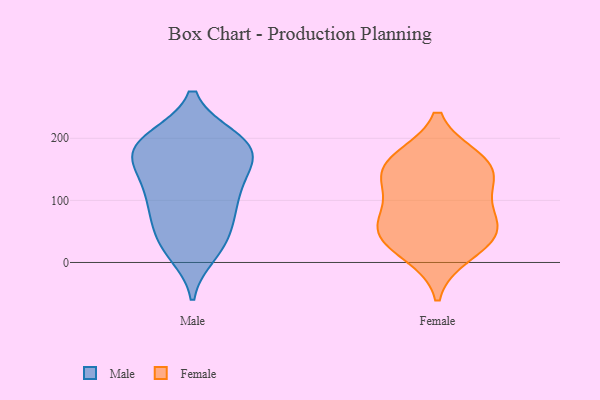
{"axis": {"x": "Revenue (USD Million)", "y": "Value"}, "legend": ["Female", "Male"], "data": [{"x": "", "y": 200, "type": "Male"}, {"x": "", "y": 84, "type": "Male"}, {"x": "", "y": 25, "type": "Male"}, {"x": "", "y": 197, "type": "Male"}, {"x": "", "y": 48, "type": "Male"}, {"x": "", "y": 75, "type": "Male"}, {"x": "", "y": 160, "type": "Male"}, {"x": "", "y": 169, "type": "Male"}, {"x": "", "y": 15, "type": "Male"}, {"x": "", "y": 177, "type": "Male"}, {"x": "", "y": 199, "type": "Male"}, {"x": "", "y": 182, "type": "Male"}, {"x": "", "y": 107, "type": "Male"}, {"x": "", "y": 31, "type": "Male"}, {"x": "", "y": 120, "type": "Male"}, {"x": "", "y": 92, "type": "Male"}, {"x": "", "y": 135, "type": "Male"}, {"x": "", "y": 153, "type": "Male"}, {"x": "", "y": 195, "type": "Male"}, {"x": "", "y": 38, "type": "Female"}, {"x": "", "y": 147, "type": "Female"}, {"x": "", "y": 164, "type": "Female"}, {"x": "", "y": 108, "type": "Female"}, {"x": "", "y": 136, "type": "Female"}, {"x": "", "y": 70, "type": "Female"}, {"x": "", "y": 55, "type": "Female"}, {"x": "", "y": 14, "type": "Female"}, {"x": "", "y": 166, "type": "Female"}, {"x": "", "y": 50, "type": "Female"}]}